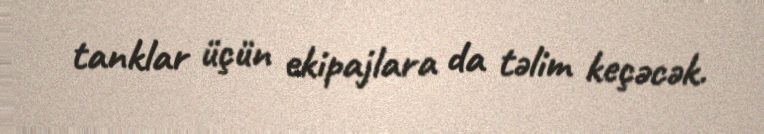
tanklar üçün ekipajlara da təlim keçəcək.